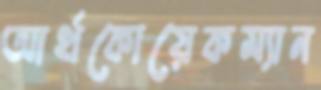
আর্থকোয়েকম্যান